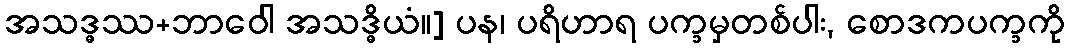
အသဒ္ဓဿ+ဘာဝေါ အသဒ္ဓိယံ။] ပန၊ ပရိဟာရ ပက္ခမှတစ်ပါး, စောဒကပက္ခကို